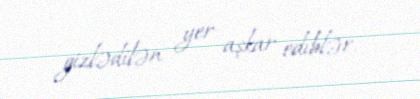
gizlədilən yer aşkar ediblər.